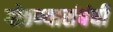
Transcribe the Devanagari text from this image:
गोठण्यासंबंधी